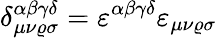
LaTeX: \delta_{\mu\nu\varrho\sigma}^{\alpha\beta\gamma\delta}=\varepsilon^{\alpha\beta\gamma\delta}\varepsilon_{\mu\nu\varrho\sigma}